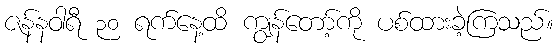
ဇန်နဝါရီ ၃၀ ရက်နေ့ထိ ကျွန်တော့်ကို ပစ်ထားခဲ့ကြသည်။